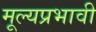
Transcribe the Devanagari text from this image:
मूल्यप्रभावी